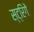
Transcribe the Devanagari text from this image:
स्ट्रिंगें